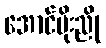
အောင်မိုးညို